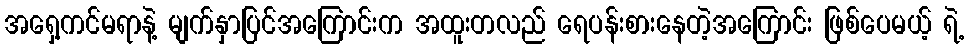
အရှေ့ကင်မရာနဲ့ မျက်နှာပြင်အကြောင်းက အထူးတလည် ရေပန်းစားနေတဲ့အကြောင်း ဖြစ်ပေမယ့် ရဲ့